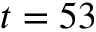
t = 5 3